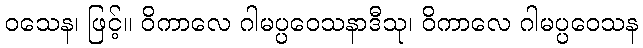
ဝသေန၊ ဖြင့်။ ဝိကာလေ ဂါမပ္ပဝေသနာဒီသု၊ ဝိကာလေ ဂါမပ္ပဝေသန